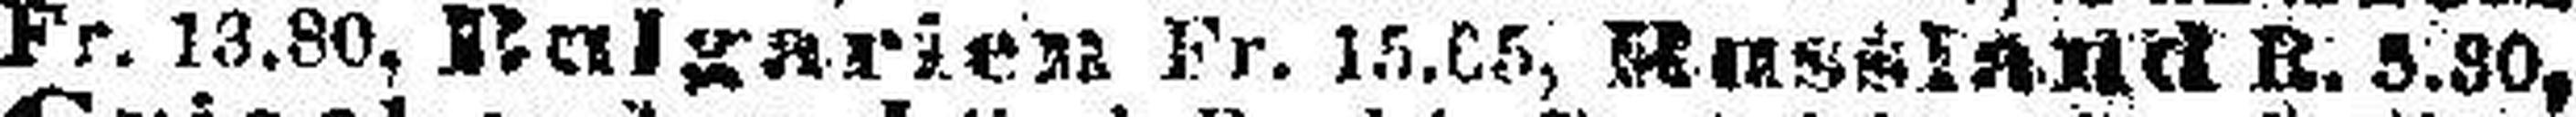
Fr. 13.80, Bulgarien Fr. 15.65, Russland R. 5.30,